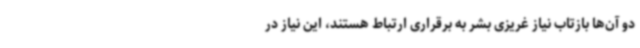
دو آن‌ها بازتاب نیاز غریزی بشر به برقراری ارتباط هستند، این نیاز در